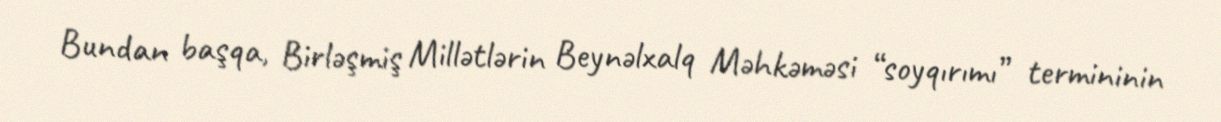
Bundan başqa, Birləşmiş Millətlərin Beynəlxalq Məhkəməsi “soyqırımı” termininin